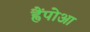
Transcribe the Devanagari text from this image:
ह्वैंपोआ